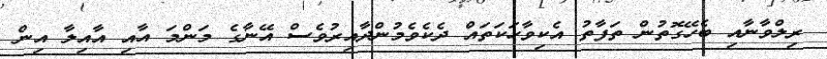
ރިލްވާނާއި ބެހޭގޮތުން ތަފާތު އެކިވާހަކަތައް ދެކެވެމުންދާއިރުވެސް އޭނާގެ މަންމަ އާއި އާއިލާ އިން